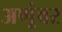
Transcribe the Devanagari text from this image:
अणूंवर